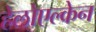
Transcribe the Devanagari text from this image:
हेलोएल्केन